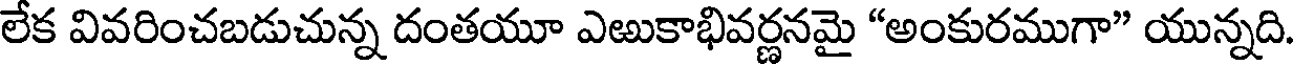
లేక వివరించబడుచున్న దంతయూ ఎఱుకాభివర్ణనమై "అంకురముగా" యున్నది